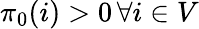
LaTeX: \pi_{0}(i)>0\, \forall i\in V